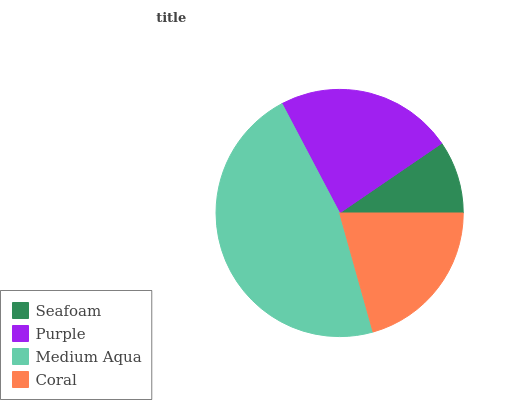
| Seafoam | Purple | Medium Aqua | Coral |
 | --- | --- | --- | --- |
 | 9.52% | 23.2% | 46.6% | 20.7% |